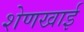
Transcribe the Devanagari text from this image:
शेणखाई